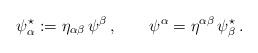
LaTeX: \begin{align*}\psi^{\star}_{\alpha} := \eta_{\alpha\beta}\,\psi^{\beta}\,,\qquad \psi^{\alpha} =\eta^{\alpha\beta}\,\psi^{\star}_{\beta} \, .\end{align*}